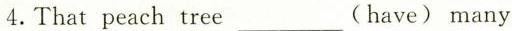
4. That perch tree___(have)many